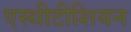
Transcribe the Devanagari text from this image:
एस्थीटीशियन